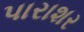
પારાશર